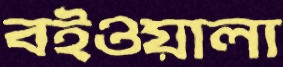
বইওয়ালা